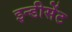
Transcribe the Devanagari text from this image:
इन्डीसेंट